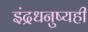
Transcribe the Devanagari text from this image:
इंद्रधनुष्यही